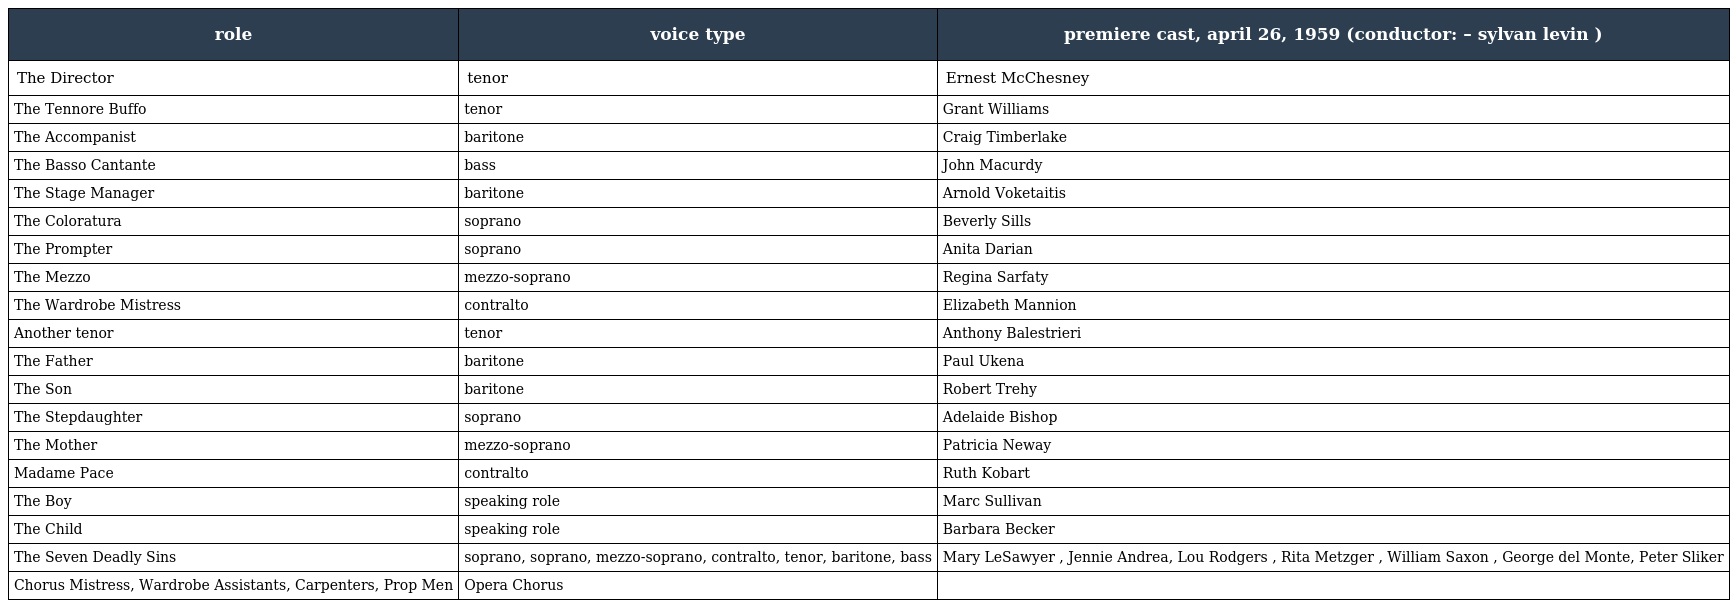
| role | voice type | premiere cast, april 26, 1959 (conductor: – sylvan levin ) |
 | --- | --- | --- |
 | The Director | tenor | Ernest McChesney |
 | The Tennore Buffo | tenor | Grant Williams |
 | The Accompanist | baritone | Craig Timberlake |
 | The Basso Cantante | bass | John Macurdy |
 | The Stage Manager | baritone | Arnold Voketaitis |
 | The Coloratura | soprano | Beverly Sills |
 | The Prompter | soprano | Anita Darian |
 | The Mezzo | mezzo-soprano | Regina Sarfaty |
 | The Wardrobe Mistress | contralto | Elizabeth Mannion |
 | Another tenor | tenor | Anthony Balestrieri |
 | The Father | baritone | Paul Ukena |
 | The Son | baritone | Robert Trehy |
 | The Stepdaughter | soprano | Adelaide Bishop |
 | The Mother | mezzo-soprano | Patricia Neway |
 | Madame Pace | contralto | Ruth Kobart |
 | The Boy | speaking role | Marc Sullivan |
 | The Child | speaking role | Barbara Becker |
 | The Seven Deadly Sins | soprano, soprano, mezzo-soprano, contralto, tenor, baritone, bass | Mary LeSawyer , Jennie Andrea, Lou Rodgers , Rita Metzger , William Saxon , George del Monte, Peter Sliker |
 | Chorus Mistress, Wardrobe Assistants, Carpenters, Prop Men | Opera Chorus |  |